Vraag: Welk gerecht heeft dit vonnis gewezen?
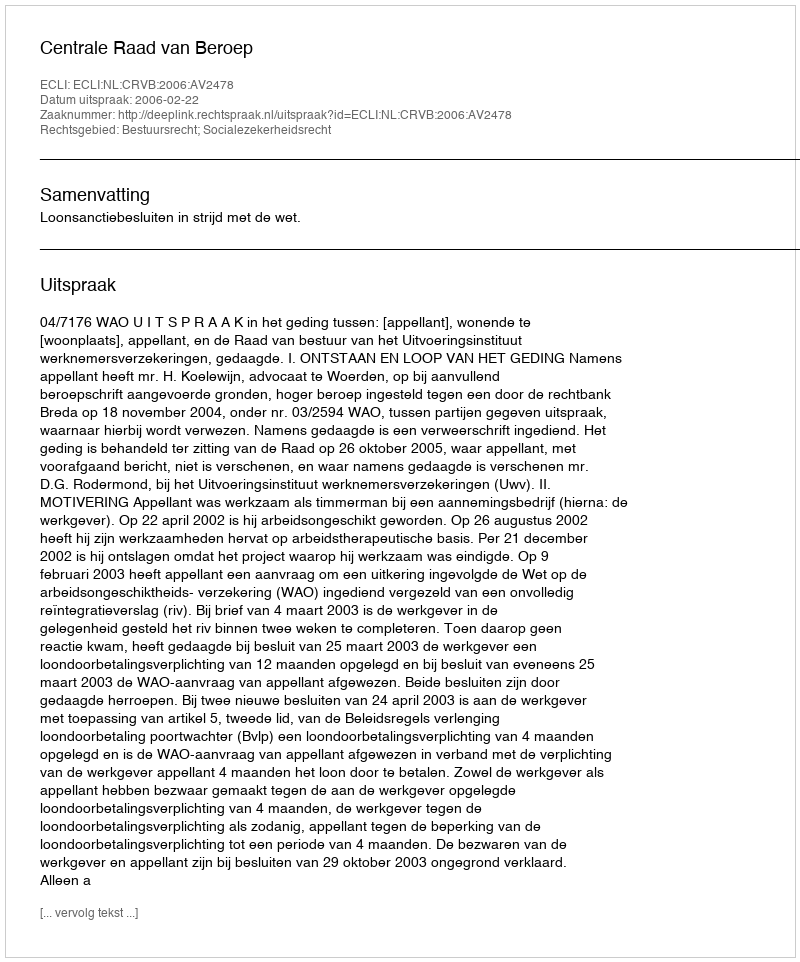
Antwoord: Centrale Raad van Beroep